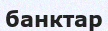
банктар